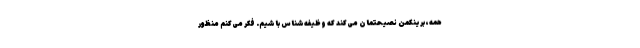
همه، برینکمن نصیحتمان می‌کند که وظیفه‌شناس باشیم. فکر می‌کنم منظور